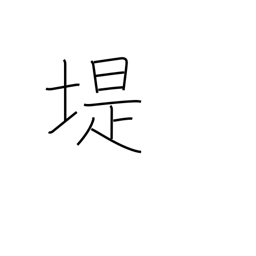
Meaning: embankment